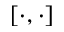
[ \cdot , \cdot ]